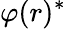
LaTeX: \varphi(r)^{*}